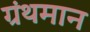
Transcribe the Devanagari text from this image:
ग्रंथमान